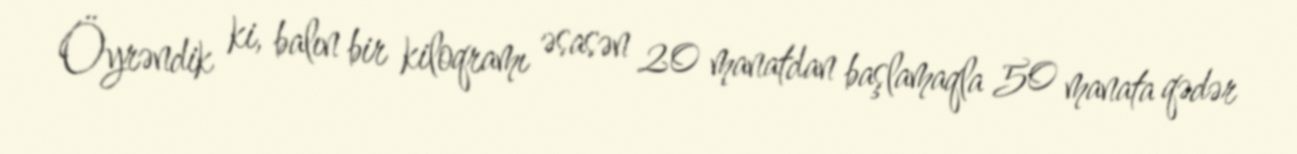
Öyrəndik ki, balın bir kiloqramı əsasən 20 manatdan başlamaqla 50 manata qədər